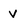
Character: v